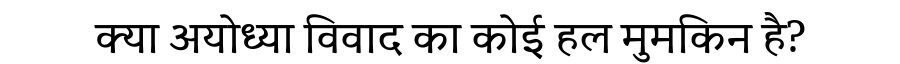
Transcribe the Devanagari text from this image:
क्या अयोध्या विवाद का कोई हल मुमकिन है?